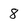
Character: 8